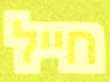
חייל